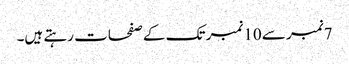
7نمبر سے 10نمبر تک کے صفحات رہتے ہیں۔